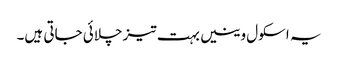
یہ اسکول وینیں بہت تیز چلائی جاتی ہیں۔